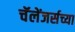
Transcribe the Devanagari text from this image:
चॅलेंजर्सच्या